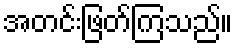
အတင်းဖြတ်ကြသည်။